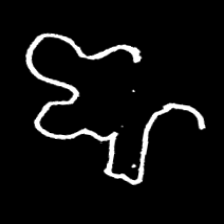
Pyu character \u2014 Myanmar letter: ဈ (romanized: jha)